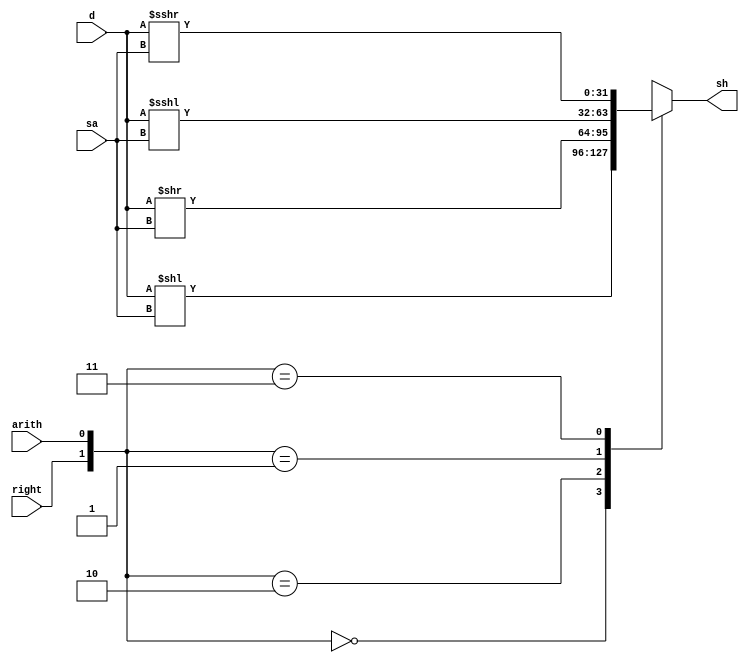
`timescale 1ns / 1ps
//////////////////////////////////////////////////////////////////////////////////
// Company: Xilinx
// 
// Design Name: ALU32
// Module Name: SHIFT32
// Project Name: MIPS_CPU
// Target Devices: 
// Tool Versions: 
// Description: 
// 
// Dependencies: 
// 
// Revision:
// Revision 0.01 - File Created
// Additional Comments:
// 
//////////////////////////////////////////////////////////////////////////////////


module SHIFT32(
	input[4:0] sa,
	input signed [31:0] d,
	input right,arith,
	output[31:0] sh
	);

	reg[31:0] r_sh;

	always @(*) begin
		case ({right,arith})
			2'b00 :
				r_sh <= d << sa;
			2'b10 :
				r_sh <= d >> sa;
			2'b01 :
				r_sh <= d <<< sa;
			2'b11 :
				r_sh <= d >>> sa;
		endcase
	end

	assign sh = r_sh;

endmodule